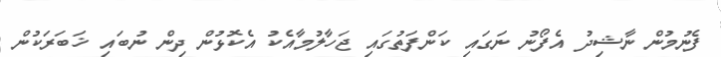
ފެނުމުން ނާޝިދު އެފޯނު ނަގައި ކަންފަތުގައި ޖަހާލުމާއެކު އެކޮޅުން ދިން ނުބައި ޚަބަރަކުން